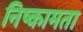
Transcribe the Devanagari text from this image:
निष्कामता